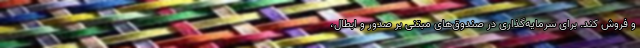
و فروش کند. برای سرمایه‌گذاری در صندوق‌های مبتنی بر صدور و ابطال،